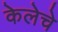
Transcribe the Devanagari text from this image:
केलेचे